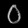
Digit: ၀